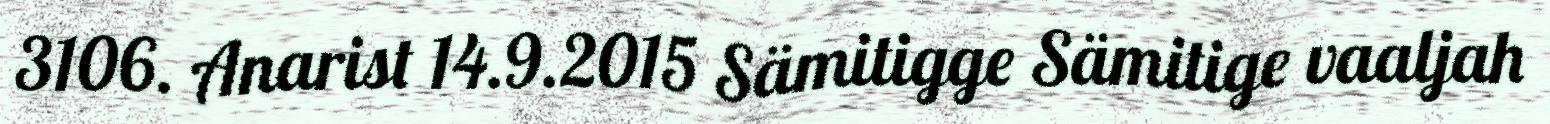
3106. Anarist 14.9.2015 Sämitigge Sämitige vaaljah